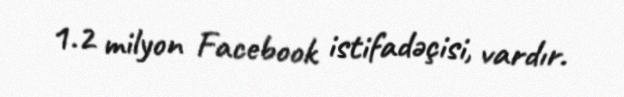
1.2 milyon Facebook istifadəçisi, vardır.